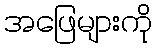
အဖြေများကို